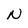
Character: N